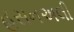
હસનઅલી